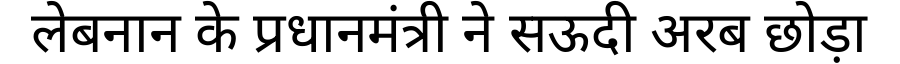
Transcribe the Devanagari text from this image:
लेबनान के प्रधानमंत्री ने सऊदी अरब छोड़ा